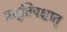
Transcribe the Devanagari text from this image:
प्रसूतिपश्चात्